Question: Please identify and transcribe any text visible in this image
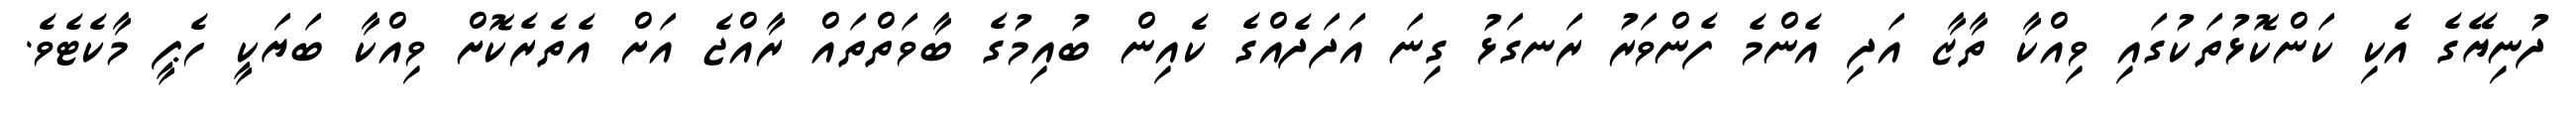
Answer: ދުނިޔޭގެ އެކި ކަންކޮޅުތަކުގައި ވިއްކާ ތާޒާ އަދި އެންމެ ފެންވަރު ރަނގަޅު ގިނަ އަދަދެއްގެ ކެއިން ބުއިމުގެ ބާވަތްތައް ރާއްޖެ އަށް އެތެރެކޮށް ވިއްކާ ބަޔަކީ ހެޕީ މާކެޓެވެ.